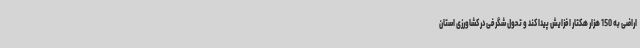
اراضی به 150 هزار هکتار افزایش پیدا کند و تحول شگرفی در کشاورزی استان